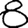
Digit: 8